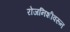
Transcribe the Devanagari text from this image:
रोजनिशीवरून